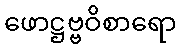
ဖောဋ္ဌဗ္ဗဝိစာရော